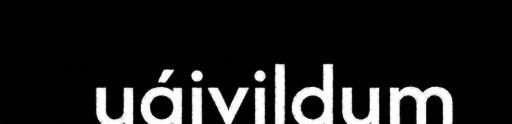
uáivildum